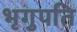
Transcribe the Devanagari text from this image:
भृगुपति